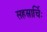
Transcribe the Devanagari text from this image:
सहस्रार्चिः